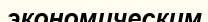
экономическим